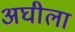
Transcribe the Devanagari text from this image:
अघीला